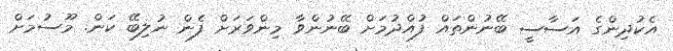
އެކުދިންގެ އަސާސީ ބޭނުންތައް ފުއްދުމަށް ބޭނުންވާ މިންވަރަށް ފެން ނުލިބޭ ކަން. މޫސުމަށް